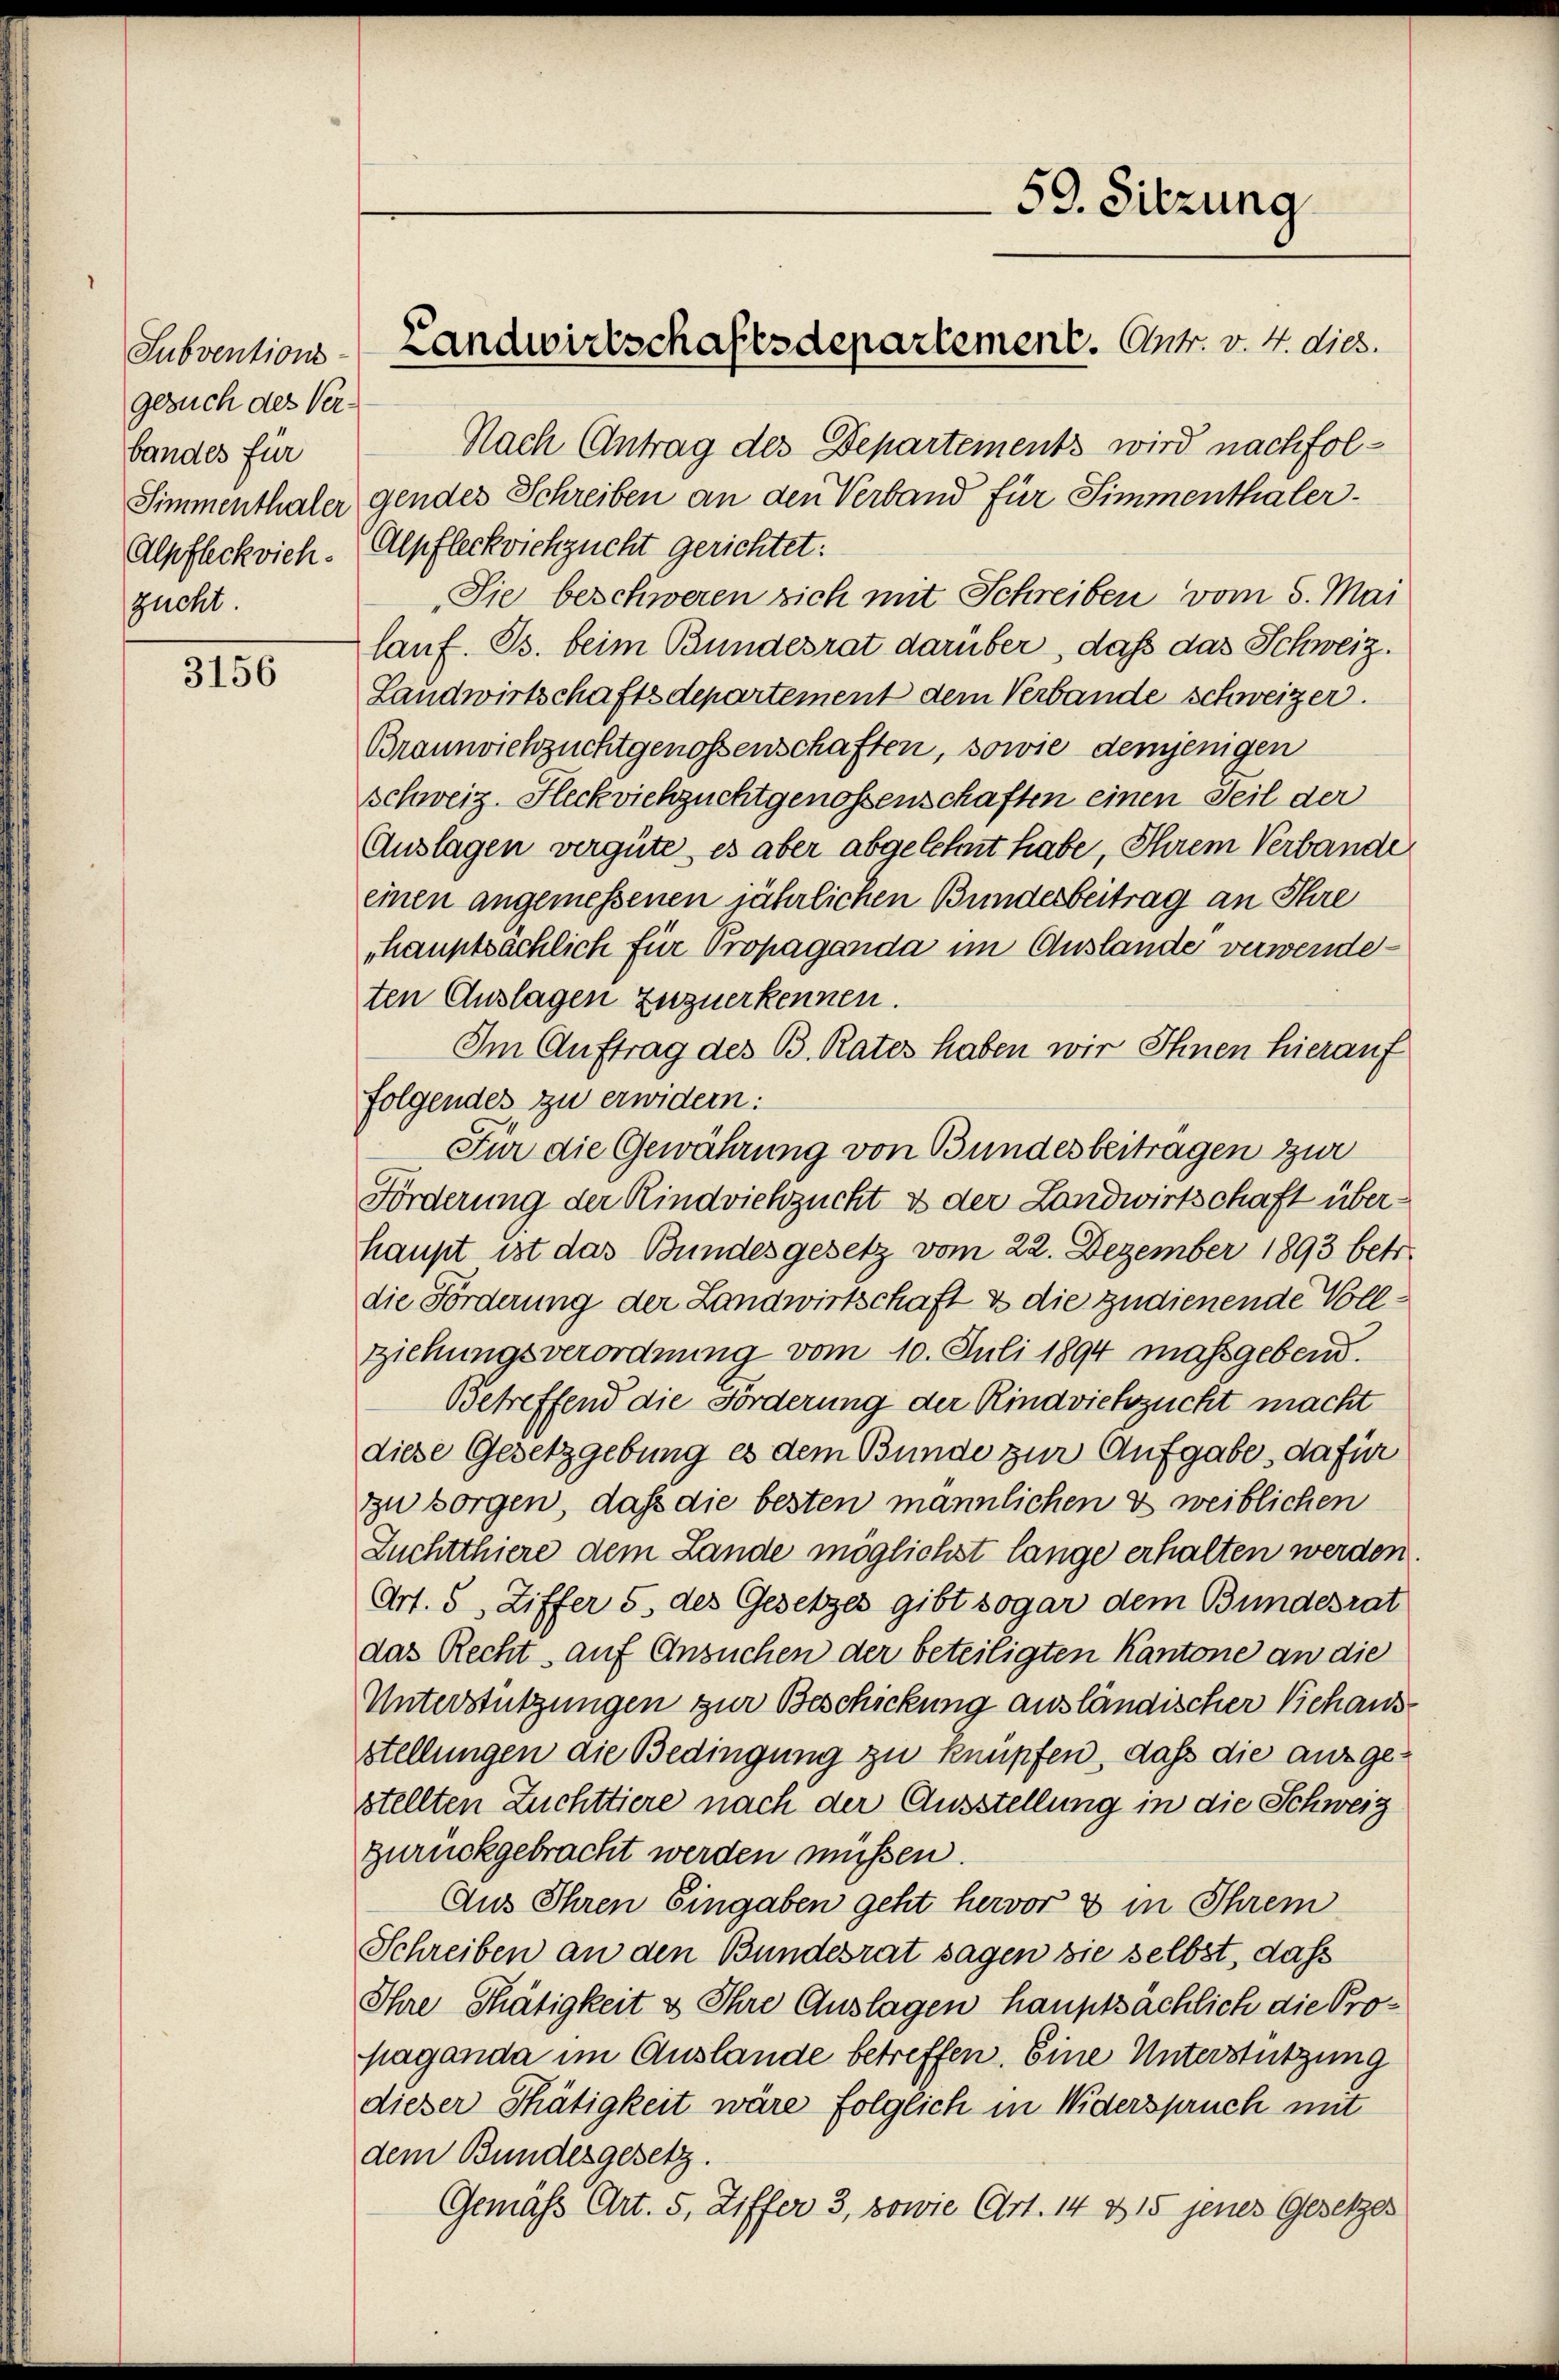
Subventions-
gesuch des Verbandes für
zucht.

3156

Nach Antrag des Departements wird nachfol¬
Simmenthaler gendes Schreiben an den Verband für Simmenthaler¬
Alpfleckvich. Alpfleckviehzucht gerichtet:
Sie beschweren sich mit Schreiben vom 5. Mai
lauf. Bs. beim Bundesrat darüber, daß das Schweiz.
Landwirtschaftsdepartement dem Verbande schweizer.
Braunviehzuchtgenossenschaften, sowie demjenigen
Schweiz. Fleckviehzuchtgenossenschaften einen Teil der
Auslagen vergüte, es aber abgelehnt habe, Ihrem Verbande
einen angemessenen jährlichen Bunderbeitrag an Ihre
hauptsachlich für Propaganda im Auslande verwendeten Auslagen zuzuerkennen.
Im Auftrag des B. Rates haben wir Ihnen hierauf
folgendes zu erwidern:
Für die Gewährung von Bundesbeitragen zur
Förderung der Rindviehzucht & der Landwirtschaft überhaupt ist das Bundesgesetz vom 22. Dezember 1893 betr.
die Förderung der Landwirtschaft & die zudienende Vollziehungsverordnung vom 10. Juli 1894 massgebend.
Betreffend die Forderung der Rindviehzuckt macht
diese Gesetzgebung es dem Bunde zur Aufgabe, dafür
zu sorgen, daß die besten männlichen es weiblichen
Zuchtthiere dem Lande möglichst lange erhalten werden.
Art. 5, Ziffer 5. des Gesetzes gibt sogar dem Bundesrat
das Recht, auf Ansuchen der beteiligten Kantone an die
Unterstützungen zur Beschickung ausländischer Viehausstellungen die Bedingung zu knüpfen, daß die ausgestellten Zuchttiere nach der Ausstellung in die Schweiz
zurückgebracht werden müssen.
Aus Ihren Eingaben geht hervor 8 in Ihrem
Schreiben an den Bundesrat sagen sie selbst, dass
Ihre Thätigkeit & Ihre Auslagen hauptsächlich die Propaganda im Auslande betreffen. Eine Unterstützung
dieser Thätigkeit wäre folglich in Widerspruch mit
dem Bundesgesetz
Gemäss Art. 5, Ziffer 3, sowie Art. 14 & 15 jenes Gesetzes

59. Sitzung
Landwirtschaftsdepartement. Antr. v. 4. dies.